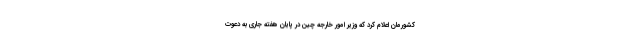
کشورمان اعلام کرد که وزیر امور خارجه چین در پایان هفته جاری به دعوت